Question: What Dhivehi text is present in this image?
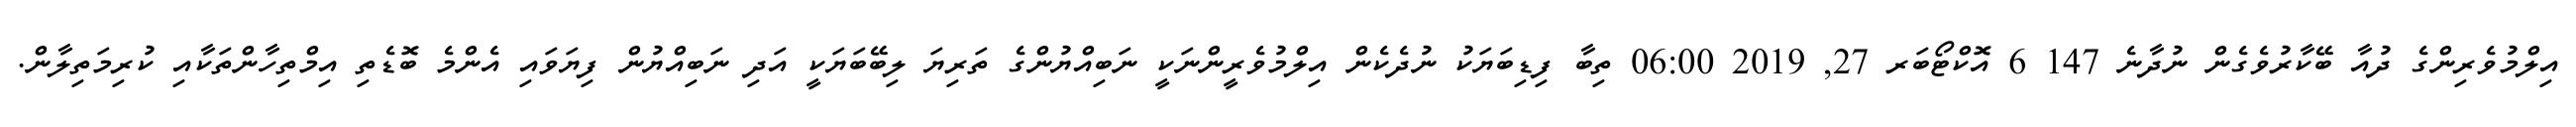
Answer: އިލްމުވެރިންގެ ދުއާ ބޭކާރުވެގެން ނުދާނެ 147 6 އޮކްޓޯބަރ 27, 2019 06:00 ތިބާ ފިޑިބަޔަކު ނުދެކެން އިލްމުވެރީންނަކީ ނަބިއްޔުންގެ ތަރިޔަ ލިބޭބަޔަކީ އަދި ނަބިއްޔުން ފިޔަވައި އެންމެ ބޮޑެތި އިމްތިހާންތަކާއި ކުރިމަތިލާން.